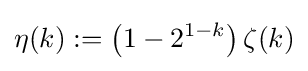
\eta (k):=\left(1-2^{1-k}\right)\zeta (k)